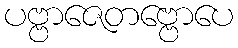
ပဗ္ဗာဇေတဗ္ဗောပေ